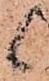
候